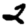
Digit: 2